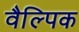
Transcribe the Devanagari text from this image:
वैल्पिक